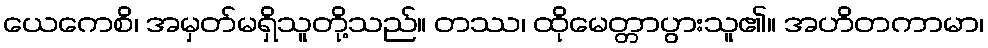
ယေကေစိ၊ အမှတ်မရှိသူတို့သည်။ တဿ၊ ထိုမေတ္တာပွားသူ၏။ အဟိတကာမာ၊